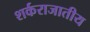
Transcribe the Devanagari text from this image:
शर्कराजातीय